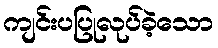
ကျင်းပပြုလုပ်ခဲ့သော